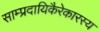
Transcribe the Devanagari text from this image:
साम्प्रदायिकैरेकारस्य